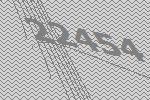
22454